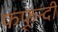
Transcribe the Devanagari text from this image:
फफून्दी